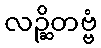
လဉ္ဆိတဗ္ဗံ